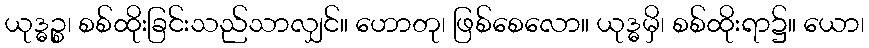
ယုဒ္ဓဉ္စ၊ စစ်ထိုးခြင်းသည်သာလျှင်။ ဟောတု၊ ဖြစ်စေလော။ ယုဒ္ဓမှိ၊ စစ်ထိုးရာ၌။ ယော၊